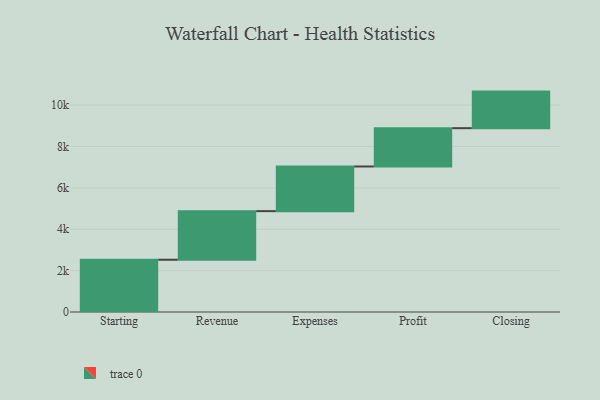
{"axis": {"x": "Step", "y": "Value"}, "legend": [""], "data": [{"x": "Starting", "y": 2526.0, "type": ""}, {"x": "Revenue", "y": 2350.0, "type": ""}, {"x": "Expenses", "y": 2158.0, "type": ""}, {"x": "Profit", "y": 1852.0, "type": ""}, {"x": "Closing", "y": 1768.0, "type": ""}]}